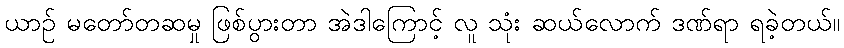
ယာဉ် မတော်တဆမှု ဖြစ်ပွားတာ အဲဒါကြောင့် လူ သုံး ဆယ်လောက် ဒဏ်ရာ ရခဲ့တယ်။